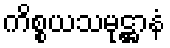
ကိစ္စယသမုဋ္ဌာနံ